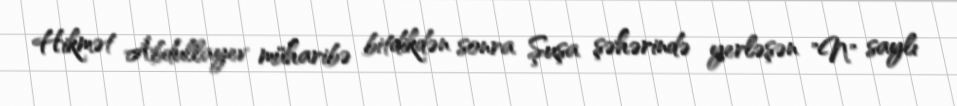
Hikmət Abdullayev müharibə bitdikdən sonra Şuşa şəhərində yerləşən "N" saylı